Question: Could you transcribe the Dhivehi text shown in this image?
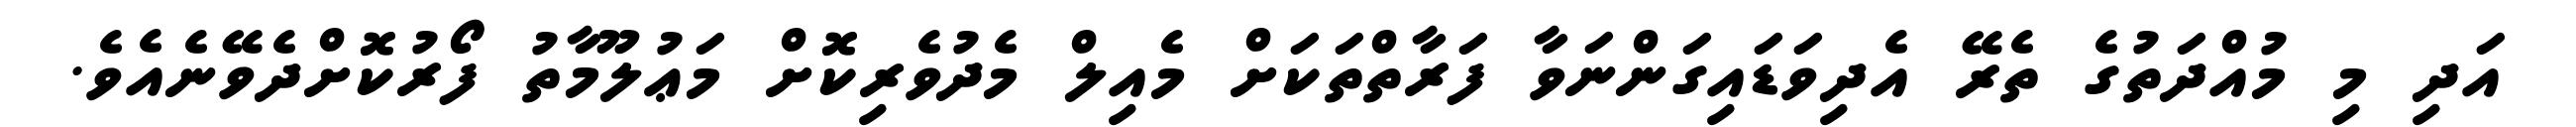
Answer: އަދި މި މުއްދަތުގެ ތެރޭ އެދިވަޑައިގަންނަވާ ފަރާތްތަކަށް މެއިލް މެދުވެރިކޮށް މަޢުލޫމާތު ފޯރުކޮށްދެވޭނެއެވެ.